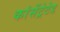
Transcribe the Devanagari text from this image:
कांसेंट्रेटेड